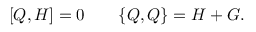
[ Q , H ] = 0 \qquad \{ Q , Q \} = H + G .